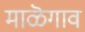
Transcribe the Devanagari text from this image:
माळॆगाव